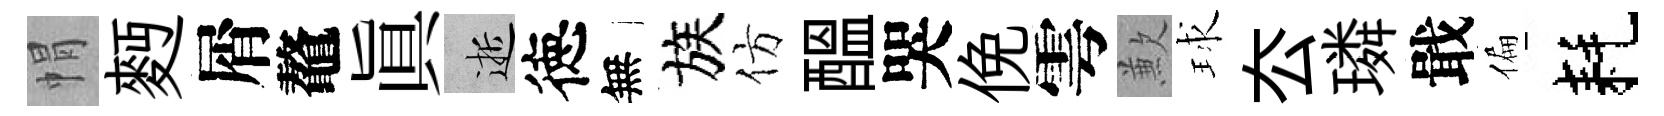
㡌麪屑鼇眞逝徳無族仿醖哭俛雩歉球厺璘戢偏耗